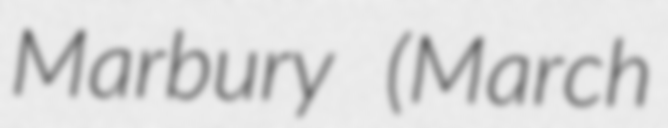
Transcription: Marbury (March